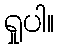
ရှုပါ။